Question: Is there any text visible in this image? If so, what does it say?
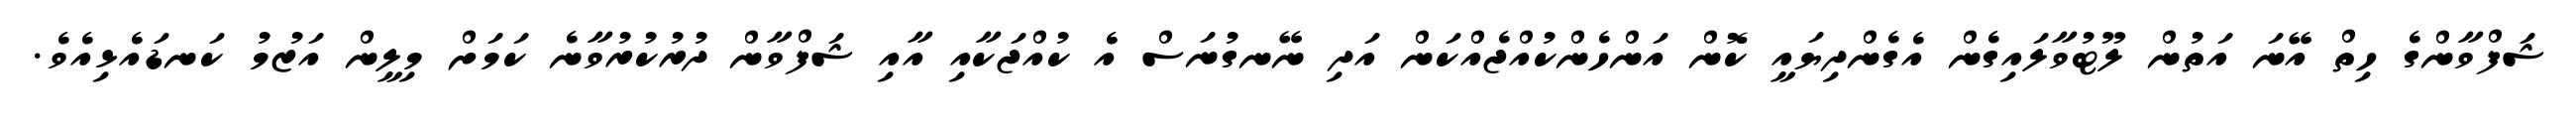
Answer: ޝަފްވާންގެ ހިތް އޭނަ އަތުން ލޫޓުވާލައިގެން އެގެންދިޔައީ ކޮން އަންހެންކުއްޖެއްކަން އަދި ނޭނގުނަސް އެ ކުއްޖަކާއި އާއި ޝަފްވާން ދުރުކުރުވާނެ ކަމަށް މިލީން އަޒުމު ކަނޑައެޅިއެވެ.